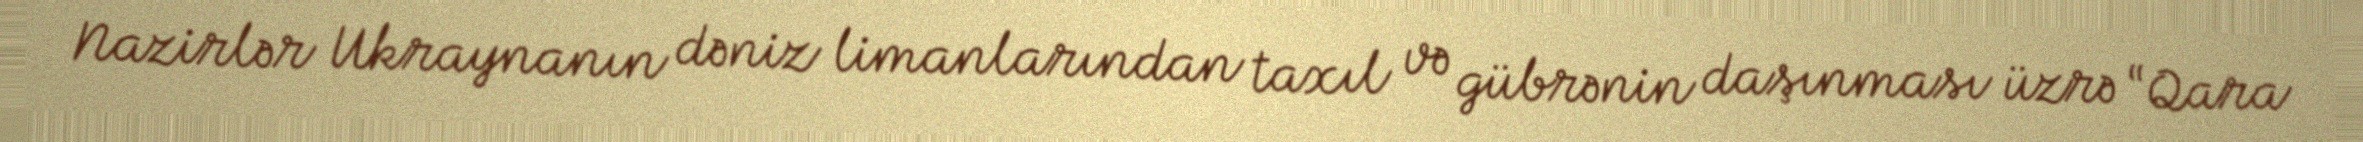
Nazirlər Ukraynanın dəniz limanlarından taxıl və gübrənin daşınması üzrə “Qara